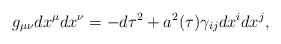
\begin{align*}g_{\mu\nu}dx^{\mu}dx^{\nu}=-d\tau^2+a^2(\tau)\gamma_{ij}dx^idx^j,\end{align*}